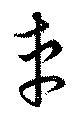
車